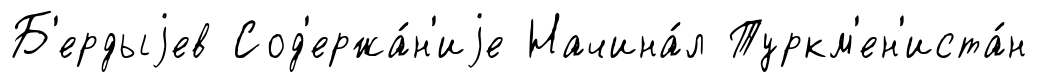
Б'ердыjев Сод'ержа́н'иjе Начина́л Туркм'ен'иста́н